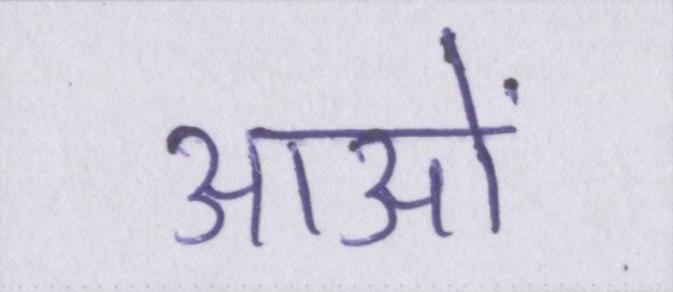
आओं